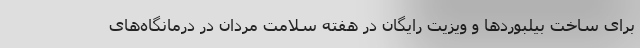
برای ساخت بیلبوردها و ویزیت رایگان در هفته سلامت مردان در درمانگاه‌های